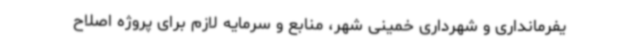
یفرمانداری و شهرداری خمینی‌ شهر، منابع و سرمایه لازم برای پروژه‌ اصلاح